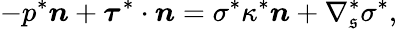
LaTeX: -p^{*}\boldsymbol{n}+\boldsymbol{\tau}^{*}\cdot\boldsymbol{n}=\sigma^{*}\kappa^{*}\boldsymbol{n}+\nabla_{\mathfrak{s}}^{*}\sigma^{*},